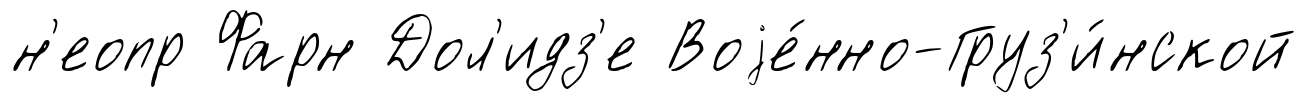
н'еопр Фарн Дол'идз'е Воjе́нно-Груз'и́нской